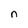
Character: n